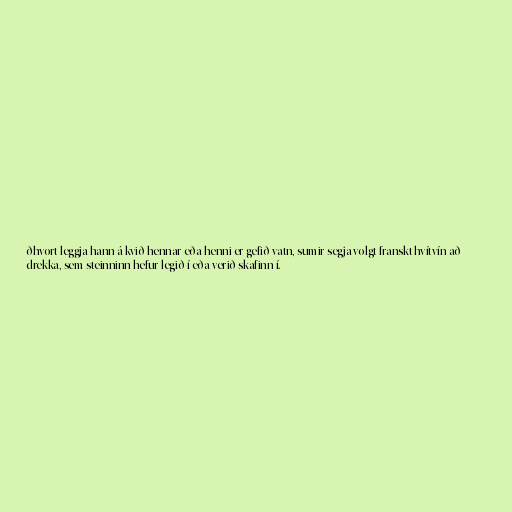
ðhvort leggja hann á kvið hennar eða henni er gefið vatn, sumir segja volgt franskt hvítvín að
drekka, sem steinninn hefur legið í eða verið skafinn í.